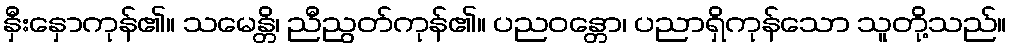
နှီးနှောကုန်၏။ သမေန္တိ၊ ညီညွတ်ကုန်၏။ ပညဝန္တော၊ ပညာရှိကုန်သော သူတို့သည်။